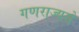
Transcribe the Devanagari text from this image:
गणराज्यसे